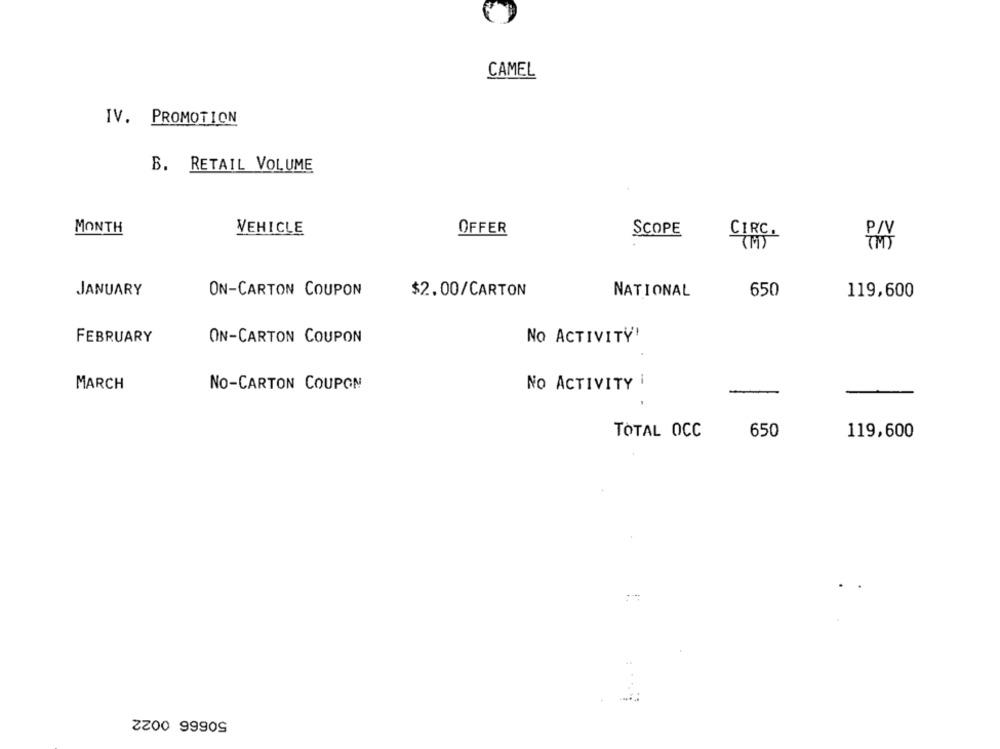
CAMEL
IV. PROMOTION
B. RETAIL VOLUME
MONTH
VEHICLE
OFFER
SCOPE
CIRC.
( 1 )
JANUARY
ON-CARTON COUPON
$2.00/CARTON
650
NATIONAL
119,600
FEBRUARY
ON-CARTON COUPON
No ACTIVITY'
MARCH
NO-CARTON COUPON
No ACTIVITY i
TOTAL OCC
650
119,600
50666 0022